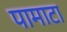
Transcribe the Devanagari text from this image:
पामाटा